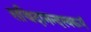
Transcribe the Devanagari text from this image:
सच्चिदानन्दस्वरूपं